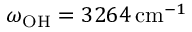
\omega _ { \mathrm { O H } } = 3 2 6 4 \, \mathrm { c m } ^ { - 1 }